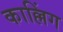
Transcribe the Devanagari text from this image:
काल्लिंग